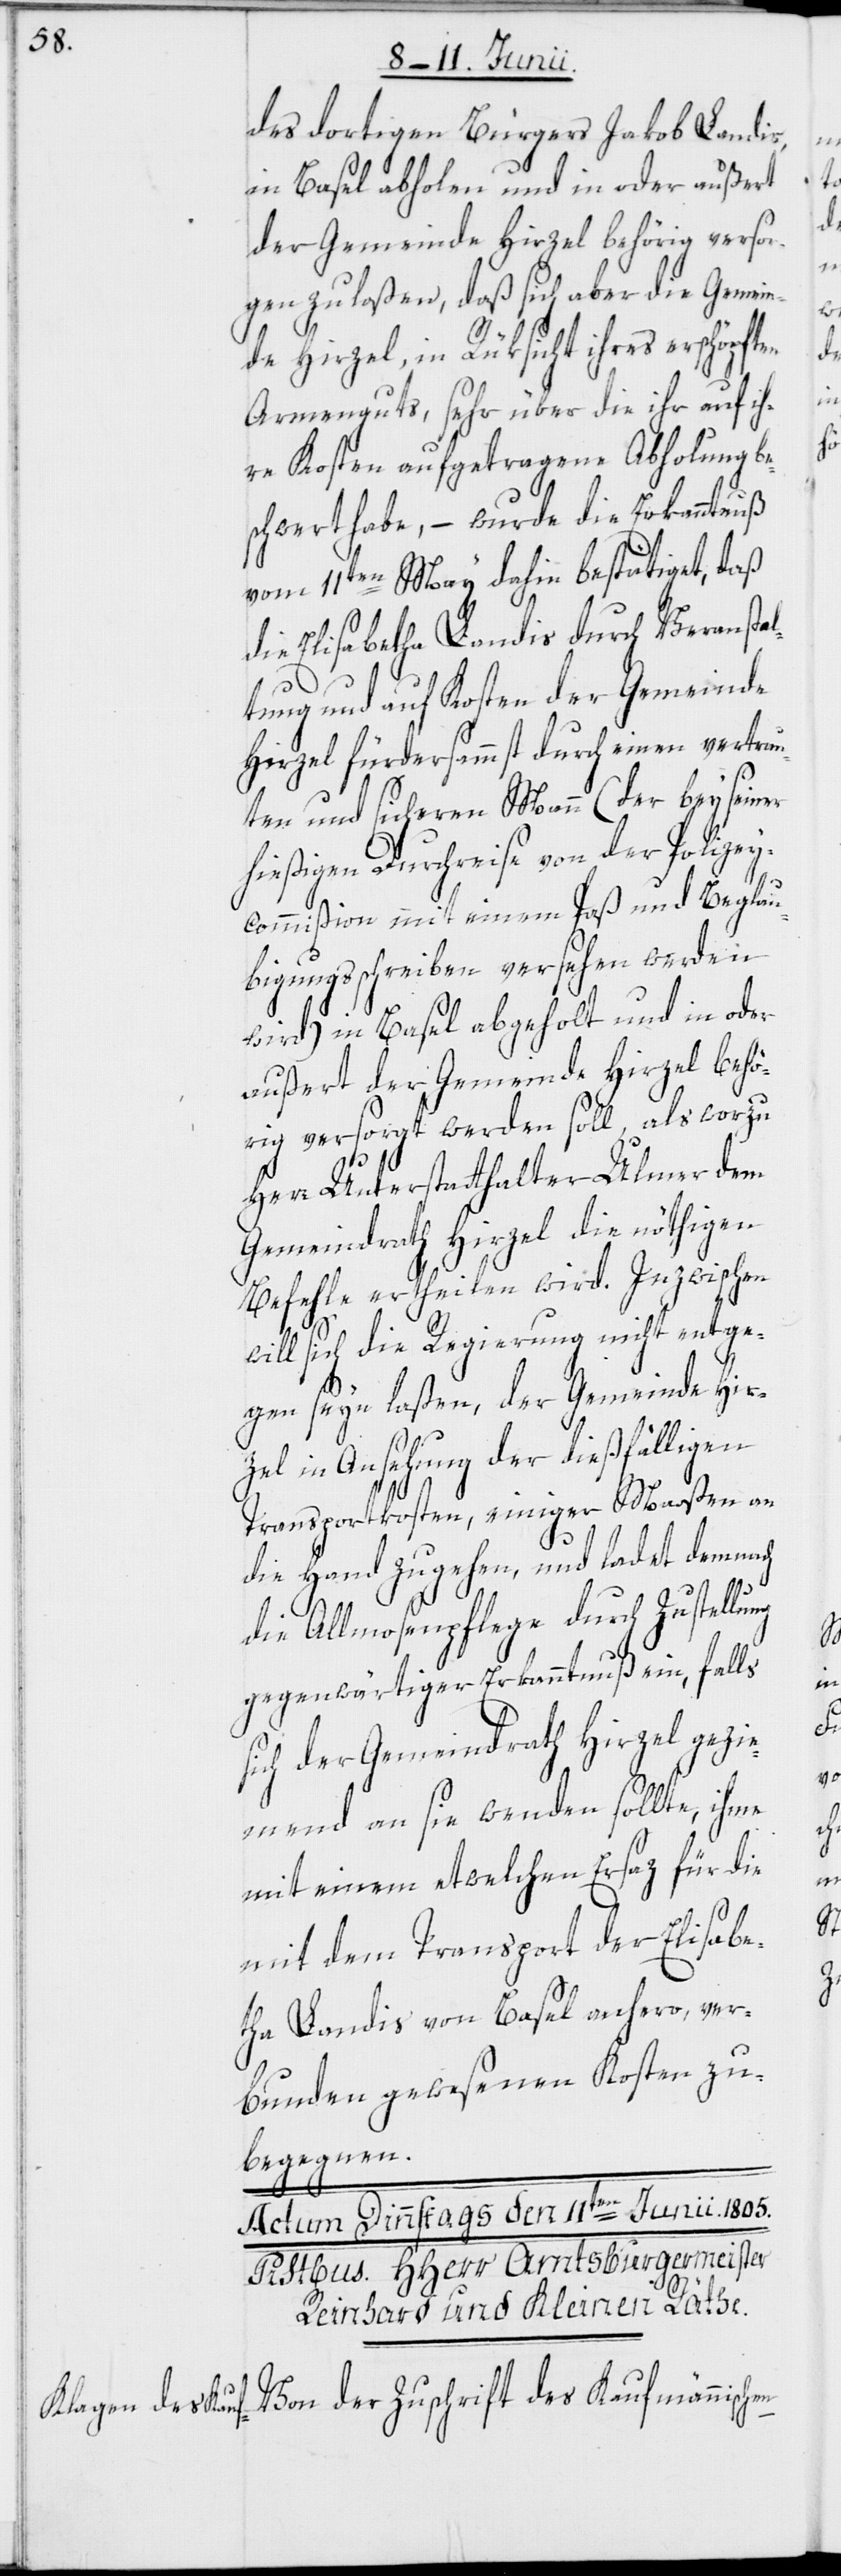
ng

dortigen Bürgers Jakob Landis,
in Basel abholen und in oder außert
der Gemeinde Hirzel behörig versor¬
gen zu laßen, daß sich aber die Gemein¬
de Hirzel, in Rüksicht ihres erschöpften
Armenguts, sehr über die ihr auf ih¬
re Kosten aufgetragene Abholung be¬
schwert habe, – wurde die Erkanntnuß
vom 11ten May dahin bestätiget, daß
die Elisabetha Landis durch Veranstal¬
tung und auf Kosten der Gemeinde
Hirzel fürdersammst durch einen vertrau¬
ten und sicheren Mann (der bey seiner
hießigen Durchreise von der Polizey¬
commißion mit einem Paß und Beglau¬
bigungsschreiben versehen werden
wird) in Basel abgeholt und in oder
außert der Gemeinde Hirzel behö¬
rig versorgt werden soll, als worzu
Herr Unterstatthalter Ulmer dem
Gemeindrath Hirzel die nöthigen
Befehle ertheilen wird. Inzwischen
will sich die Regierung nicht entge¬
gen seyn laßen, der Gemeinde Hir¬
zel in Ansehung der dießfälligen
Transportkosten, einiger Maaßen an
die Hand zu gehen, und ladet demnach
die Allmosenpflege durch Zustellu¬
gegenwärtiger Erkanntnuß ein, falls
sich der Gemeindrath Hirzel gezie¬
mend an sie wenden sollte, ihme
mit einem etwelchen Ersaz für die
mit dem Transport der Elisabe¬
tha Landis von Basel anhero, ver¬
bunden gewesenen Kosten zu
begegnen.
Von der Zuschrift des Kaufmännischen